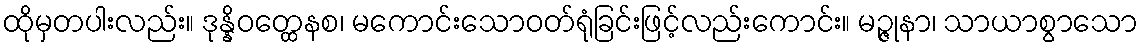
ထိုမှတပါးလည်း။ ဒုန္နိဝတ္ထေနစ၊ မကောင်းသောဝတ်ရုံခြင်းဖြင့်လည်းကောင်း။ မဉ္ဇုနာ၊ သာယာစွာသော